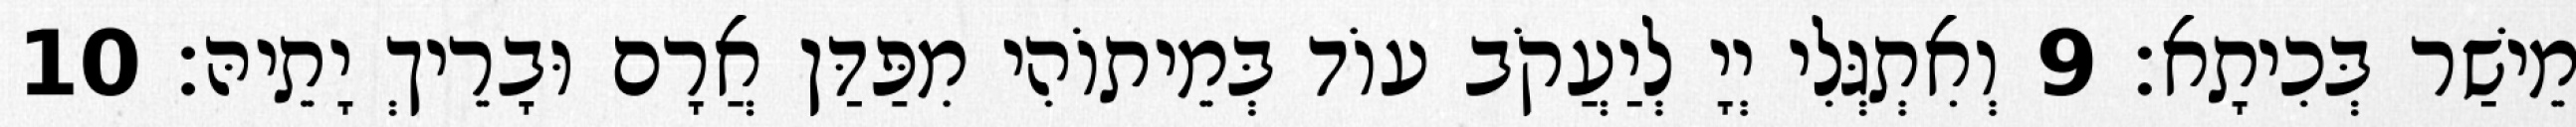
מֵישַׁר בְּכִיתָא׃ 9 וְאִתְגְּלִי יְיָ לְיַעֲקֹב עוֹד בְּמֵיתוֹהִי מִפַּדַּן אֲרָם וּבָרֵיךְ יָתֵיהּ׃ 10